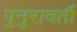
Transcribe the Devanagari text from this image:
पुनुरावर्ती